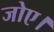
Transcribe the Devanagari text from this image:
जोए।